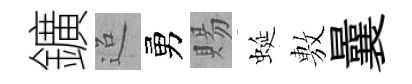
鑛迢勇賜蜒𢾾曩